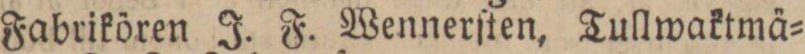
Fabrikören J. F. Wennerſten, Tullwaktmä=